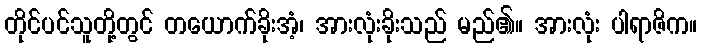
တိုင်ပင်သူတို့တွင် တယောက်ခိုးအံ့၊ အားလုံးခိုးသည် မည်၏။ အားလုံး ပါရာဇိက။